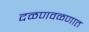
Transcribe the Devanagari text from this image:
दळणवळणात